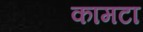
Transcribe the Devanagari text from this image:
कामटा